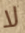
لا